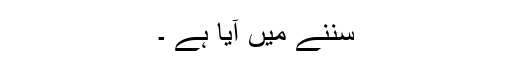
سننے میں آیا ہے ۔